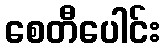
စေတီပေါင်း